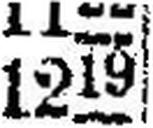
1219